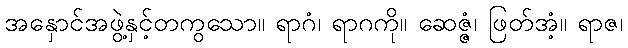
အနှောင်အဖွဲ့နှင့်တကွသော။ ရာဂံ၊ ရာဂကို။ ဆေဇ္ဇံ၊ ဖြတ်အံ့။ ရာဇ၊